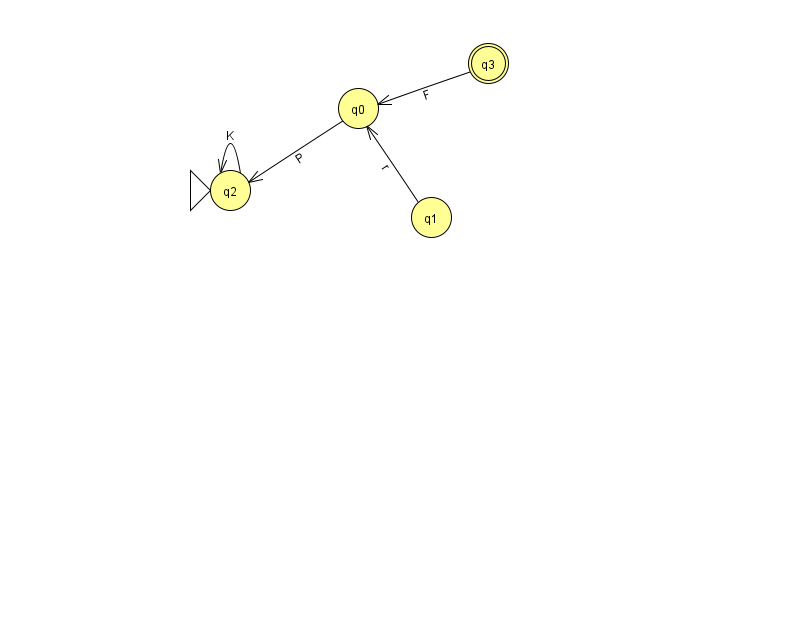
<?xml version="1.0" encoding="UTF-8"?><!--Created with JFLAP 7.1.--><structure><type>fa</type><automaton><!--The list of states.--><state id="0" name="q0"><x>358.0</x><y>95.0</y></state><state id="1" name="q1"><x>431.0</x><y>204.0</y></state><state id="2" name="q2"><x>230.0</x><y>177.0</y><initial/></state><state id="3" name="q3"><x>488.0</x><y>50.0</y><final/></state><!--The list of transitions.--><transition><from>0</from><to>2</to><read>P</read></transition><transition><from>1</from><to>0</to><read>r</read></transition><transition><from>2</from><to>2</to><read>K</read></transition><transition><from>3</from><to>0</to><read>F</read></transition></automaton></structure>